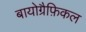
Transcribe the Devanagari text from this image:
बायोग्रैफ़िकल